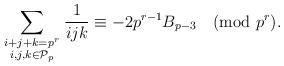
LaTeX: \begin{align*}\sum\limits_{\begin{smallmatrix} i+j+k={{p}^{r }} \\ i,j,k\in {\mathcal{P}_{p}}\end{smallmatrix}}^{{}}{\frac{1}{ijk}\equiv -2{{p}^{r-1}}{{B}_{p-3}} \pmod{p^r}}.\end{align*}